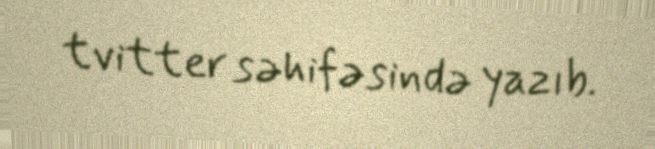
tvitter səhifəsində yazıb.